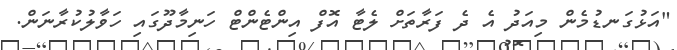
"އަޅުގަނޑުމެން މިއަދު އެ ދެ ފަރާތަށް ލެޓާ އޮފް އިންޓެންޓް ހަނިމާދޫގައި ހަވާލުކުރާނަން.